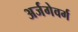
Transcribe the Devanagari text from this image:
अर्जगेवर्ग